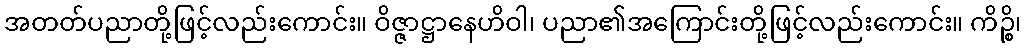
အတတ်ပညာတို့ဖြင့်လည်းကောင်း။ ဝိဇ္ဇာဋ္ဌာနေဟိဝါ၊ ပညာ၏အကြောင်းတို့ဖြင့်လည်းကောင်း။ ကိဉ္စိ၊